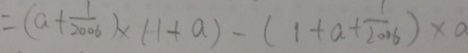
= ( a + \frac { 1 } { 2 0 0 6 } ) \times ( 1 + a ) - ( 1 + a + \frac { 1 } { 2 0 0 6 } ) \times a